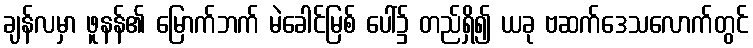
ချန်လမှာ ဖူနန်၏ မြောက်ဘက် မဲခေါင်မြစ် ပေါ်၌ တည်ရှိ၍ ယခု ဗဆက်ဒေသလောက်တွင်